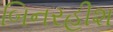
બિનરહીશ